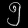
Digit: ၅